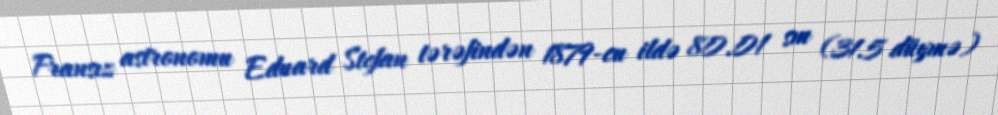
Fransız astronomu Eduard Stefan tərəfindən 1879-cu ildə 80.01 sm (31.5 düymə)